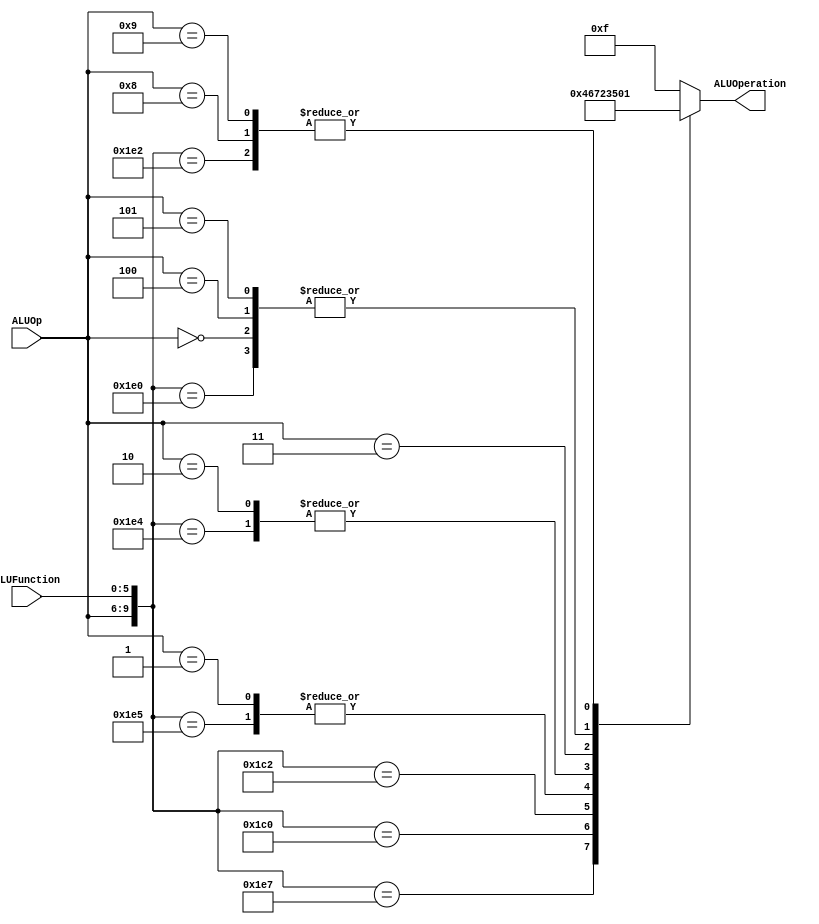
/******************************************************************
* Description
*	This is the control unit for the ALU. It receves an signal called 
*	ALUOp from the control unit and a signal called ALUFunction from
*	the intrctuion field named function.
* Version:
*	1.0
* Author:
*	Dr. Jos Luis Pizano Escalante
* email:
*	luispizano@iteso.mx
* Date:
*	01/03/2014
******************************************************************/
module ALUControl
(
	input [3:0] ALUOp,
	input [5:0] ALUFunction,
	output [3:0] ALUOperation

);
								 //  Control ROM
								 //  Aluop   funct				
localparam R_Type_ADD    = 10'b0111_100000;
localparam R_Type_SUB    = 10'b0111_100010;
localparam R_Type_OR     = 10'b0111_100101;
localparam R_Type_AND    = 10'b0111_100100;
localparam R_Type_NOR    = 10'b0111_100111;
localparam R_Type_SLL    = 10'b0111_000000;
localparam R_Type_SRL    = 10'b0111_000010;
localparam R_Type_JR     = 10'b0111_001000;
// En las instrucciones I no importa funct por eso se ponen en X's
localparam I_Type_ADDI   = 10'b0000_xxxxxx;
localparam I_Type_ORI    = 10'b0001_xxxxxx;
localparam I_Type_ANDI   = 10'b0010_xxxxxx;
localparam I_Type_LUI    = 10'b0011_xxxxxx;
localparam I_Type_LW	    = 10'b0100_xxxxxx;
localparam I_Type_SW     = 10'b0101_xxxxxx;
localparam I_Type_BEQ	 = 10'b1000_xxxxxx;
localparam I_Type_BNE    = 10'b1001_xxxxxx;

reg [3:0] ALUControlValues;
wire [9:0] Selector;

assign Selector = {ALUOp, ALUFunction};

// Se cambiaron los ALUControlValues para mejor comprensin y orden del cdigo
always@(Selector)begin
		
	casex(Selector)
		R_Type_ADD:		ALUControlValues = 4'b0000;
		R_Type_SUB:		ALUControlValues = 4'b0001;
		R_Type_OR: 		ALUControlValues = 4'b0010;
		R_Type_AND:    ALUControlValues = 4'b0011;
		R_Type_NOR: 	ALUControlValues = 4'b0100;
		R_Type_SLL: 	ALUControlValues = 4'b0110;
		R_Type_SRL: 	ALUControlValues = 4'b0111;

		I_Type_ADDI:	ALUControlValues = 4'b0000;
		I_Type_ORI:	   ALUControlValues = 4'b0010;
		I_Type_ANDI:	ALUControlValues = 4'b0011;
		I_Type_LUI:	   ALUControlValues = 4'b0101;
		I_Type_LW:	   ALUControlValues = 4'b0000;
		I_Type_SW:	   ALUControlValues = 4'b0000;
		
		I_Type_BEQ:    ALUControlValues = 4'b0001;
		I_Type_BNE:    ALUControlValues = 4'b0001;
		
		default: ALUControlValues = 4'b1111;
	endcase
end


assign ALUOperation = ALUControlValues;

endmodule